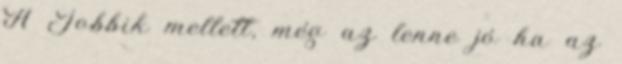
A Jobbik mellett, még az lenne jó ha az